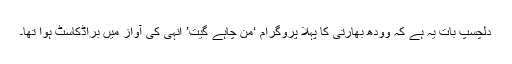
دلچسپ بات یہ ہے کہ وودھ بھارتی کا پہلا پروگرام ‘من چاہے گیت’ انہی کی آواز میں براڈکاسٹ ہوا تھا۔